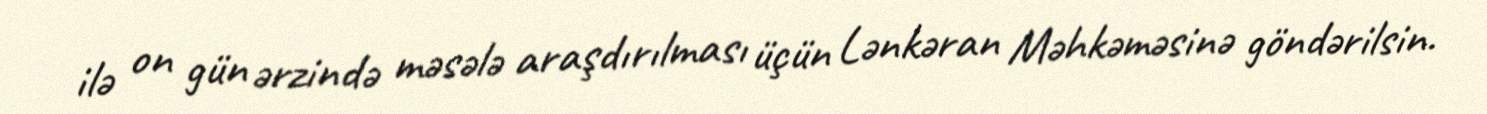
ilə on gün ərzində məsələ araşdırılması üçün Lənkəran Məhkəməsinə göndərilsin.